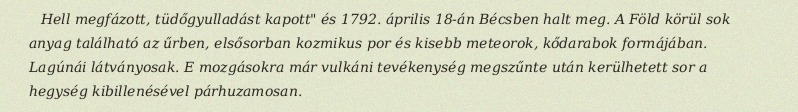
Hell megfázott, tüdőgyulladást kapott" és 1792. április 18-án Bécsben halt meg. A Föld körül sok anyag található az űrben, elsősorban kozmikus por és kisebb meteorok, kődarabok formájában. Lagúnái látványosak. E mozgásokra már vulkáni tevékenység megszűnte után kerülhetett sor a hegység kibillenésével párhuzamosan.